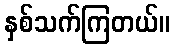
နှစ်သက်ကြတယ်။